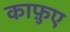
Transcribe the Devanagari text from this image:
काफ़ुए